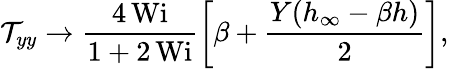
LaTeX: \mathcal{T}_{yy}\to\frac{4\, \textrm{Wi}}{1+2\, \textrm{Wi}}\bigg[\beta+\frac{Y(h_{\infty}-\beta h)}{2}\biggr],